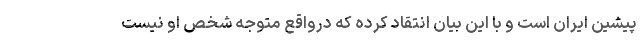
پیشین ایران است و با این بیان انتقاد کرده که درواقع متوجه شخص او نیست